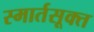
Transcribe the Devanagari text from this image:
स्मार्तसूक्त